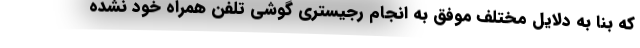
که بنا به دلایل مختلف موفق به انجام رجیستری گوشی تلفن همراه خود نشده